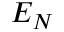
E _ { N }